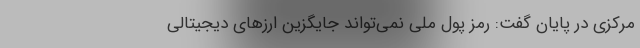
مرکزی در پایان گفت: رمز پول ملی نمی‌تواند جایگزین ارزهای دیجیتالی